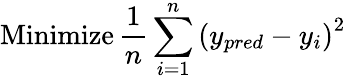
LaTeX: \operatorname{Minimize}\frac{1}{n}\sum_{i=1}^{n}\left(y_{pred}-y_{i}\right)^{2}